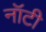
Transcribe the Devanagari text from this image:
नॉटी